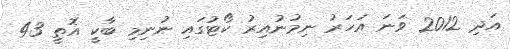
އަދި 2012 ވަނަ އަހަރު ނިމުނުއިރު ކޯޓުގައި ނުނިމި ބާކީ އޮތީ 43